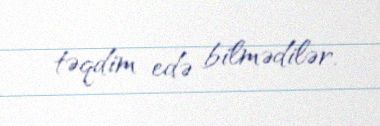
təqdim edə bilmədilər.